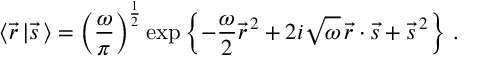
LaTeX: \langle \vec { r } \, \vert \vec { s } \, \rangle = \left( { \frac { \omega } { \pi } } \right) ^ { \frac { 1 } { 2 } } \exp \left\{ - { \frac { \omega } { 2 } } \vec { r } ^ { \, 2 } + 2 i \sqrt \omega \, \vec { r } \cdot \vec { s } + \vec { s } ^ { \, 2 } \right\} \, .